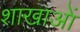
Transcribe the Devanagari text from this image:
शाखाआें